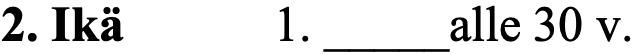
2. Ikä   1. _____alle 30 v.